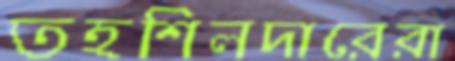
তহশিলদারেরা